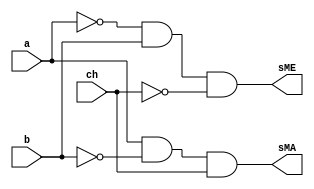
// ------------------------- 
// Exemplo0037
// Nome: Marcio Santana Correa
// ------------------------- 
// ------------------------- 

module AU (output sME, output sMA, input a, input b, input ch);
			  
	wire notCH,notA,notB,and1,and2;
	
	not NOT1 (notCH, ch);
	not NOT2 (notA, a);
	not NOT3 (notB, b);
	and AND1 (and1, notA, b);
	and AND2 (and2, a, notB);
	and AND3 (sME, and1, notCH);
	and AND4 (sMA, and2, ch);
endmodule 

module test_AU;
// ------------------------- definir dados
   reg x;
	reg y;
	reg ch;
	wire w;
	wire z;
	
	AU modulo (w, z, x, y, ch);
	
	initial begin: start
		x = 0; 
		y = 0;
		ch= 0;
	end
	
// ------------------------- parte principal
   initial begin
      $display("Exemplo0037 - Marcio Santana Correa - 345368");
      $display("Test LU's module");
		$display ("---------------- CHAVE = 0 --------------------");
		$monitor("a = %b b = %b sME = %b",x,y,w);
		#1
		x = 0; y = 1; ch = 0;
		#1
		x = 1; y = 0; ch = 0;
		#1
		x = 1; y = 1; ch = 0;
		#1
		$display ("---------------- CHAVE = 1 --------------------");
		$monitor("a = %b b = %b sMA = %b",x,y,z);
		x = 0; y = 0; ch = 1;
		#1
		x = 0; y = 1; ch = 1;
		#1 
		x = 1; y = 0; ch = 1;
		#1 
		x = 1; y = 1; ch = 1;						
   end
endmodule // test_LU

/*
    Exemplo0037 - Marcio Santana Correa 345368
    Test LU's module
    ---------------- CHAVE = 0 --------------------
    a = 0 b = 0 sME = 0
    a = 0 b = 1 sME = 1
    a = 1 b = 0 sME = 0
    a = 1 b = 1 sME = 0
    ---------------- CHAVE = 1 --------------------
    a = 0 b = 0 sMA = 0
    a = 0 b = 1 sMA = 0
    a = 1 b = 0 sMA = 1
    a = 1 b = 1 sMA = 0
*/